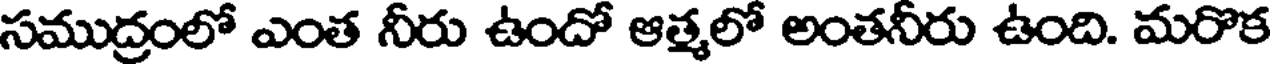
సముద్రంలో ఎంత నీరు ఉందో ఆత్మలో అంతనీరు ఉంది. మరొక